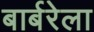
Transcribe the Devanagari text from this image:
बार्बरेला